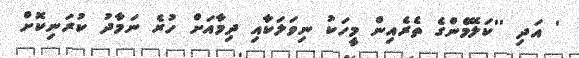
' އަދި ''ކަލޭމެންގެ ތެރެއިން މީހަކު ނިވަލަކާއި ދިމާއަށް ހުރެ ނަމާދު ކުރަނިކޮށް